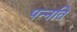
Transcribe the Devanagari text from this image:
पन्नति